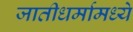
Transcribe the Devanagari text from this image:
जातीधर्मामध्ये